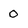
Character: 0